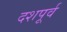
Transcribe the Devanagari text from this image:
दशपूर्व